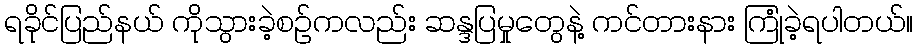
ရခိုင်ပြည်နယ် ကိုသွားခဲ့စဉ်ကလည်း ဆန္ဒပြမှုတွေနဲ့ ကင်တားနား ကြုံခဲ့ရပါတယ်။